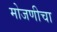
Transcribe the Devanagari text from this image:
मोजणीचा